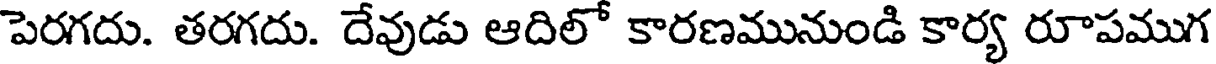
పెరగదు. తరగదు. దేవుడు ఆదిలో కారణమునుండి కార్య రూపముగ